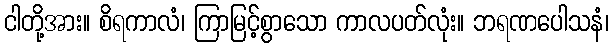
ငါတို့အား။ စိရကာလံ၊ ကြာမြင့်စွာသော ကာလပတ်လုံး။ ဘရဏပေါသနံ၊